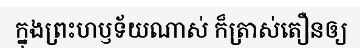
ក្នុងព្រះហឫទ័យណាស់ ក៏ត្រាស់តឿនឲ្យ